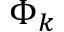
\Phi _ { k }